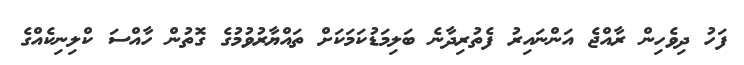
ފަހު ދިވެހިން ރާއްޖެ އަންނައިރު ފެތުރިދާނެ ބަލިމަޑުކަމަކަށް ތައްޔާރުވުމުގެ ގޮތުން ހާއްސަ ކްލިނިކެއްގެ